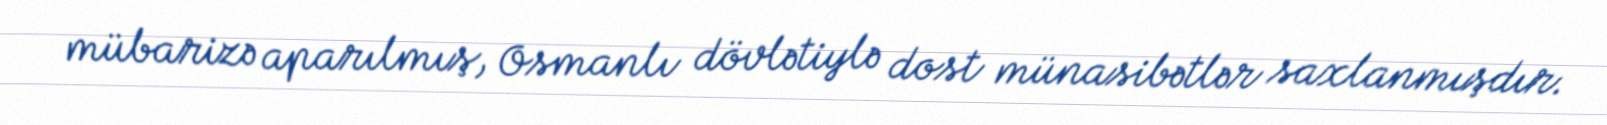
mübarizə aparılmış, Osmanlı dövlətiylə dost münasibətlər saxlanmışdır.